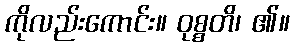
ကိုလည်းကောင်း။ ဝုစ္စတိ၊ ၏။